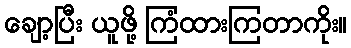
ချော့ပြီး ယူဖို့ ကြံထားကြတာကိုး။